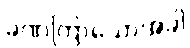
ခဏကြာသောအခါ